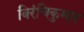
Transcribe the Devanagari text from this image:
बिरंचिकुमार